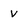
Character: v